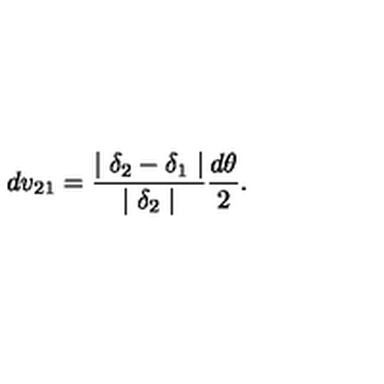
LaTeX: d v _ { 2 1 } = \frac { \mid \delta _ { 2 } - \delta _ { 1 } \mid } { \mid \delta _ { 2 } \mid } \frac { d \theta } { 2 } .